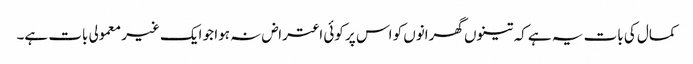
کمال کی بات یہ ہے کہ تینوں گھرانوں کو اس پر کوئی اعتراض نہ ہوا جو ایک غیر معمولی بات ہے۔